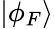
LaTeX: |\phi_{F}\rangle